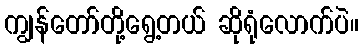
ကျွန်တော်တို့ရွေ့တယ် ဆိုရုံလောက်ပဲ။